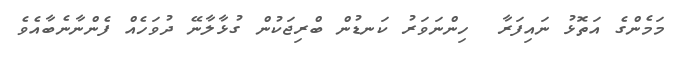
މަމެންގެ އަތޮޅު ނައިފަރާ  ހިންނަވަރު ކަނޑުން ބްރިޖަކުން ގުޅާލާނޭ ދުވަހެއް ފެންނާނެބާއެވެ